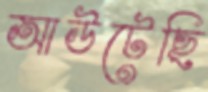
আউটেছি